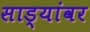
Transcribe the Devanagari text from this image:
साड्यांवर